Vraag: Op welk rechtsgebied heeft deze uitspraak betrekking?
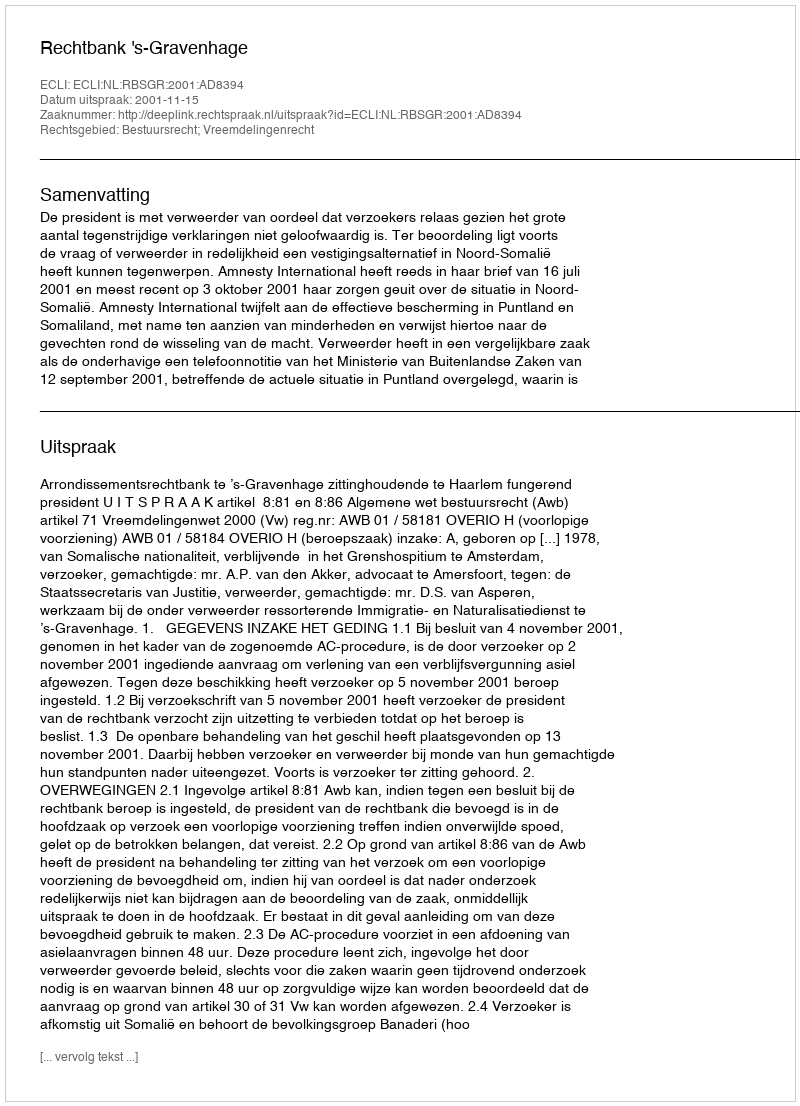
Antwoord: Bestuursrecht; Vreemdelingenrecht